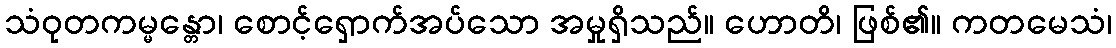
သံဝုတကမ္မန္တော၊ စောင့်ရှောက်အပ်သော အမှုရှိသည်။ ဟောတိ၊ ဖြစ်၏။ ကတမေသံ၊